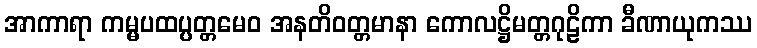
အာကာရာ ကမ္မပထပ္ပတ္တမေဝ အနတိဝတ္တမာနာ ကောလဋ္ဌိမတ္တဂုဠိကာ ခီဏာယုကဿ